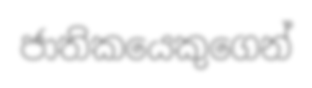
ජාතිකයෙකුගෙන්